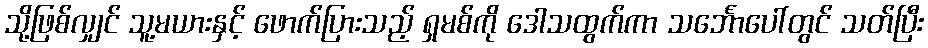
သို့ဖြစ်လျှင် သူ့မယားနှင့် ဖောက်ပြားသည့် ရှမစ်ကို ဒေါသထွက်ကာ သင်္ဘောပေါ်တွင် သတ်ပြီး